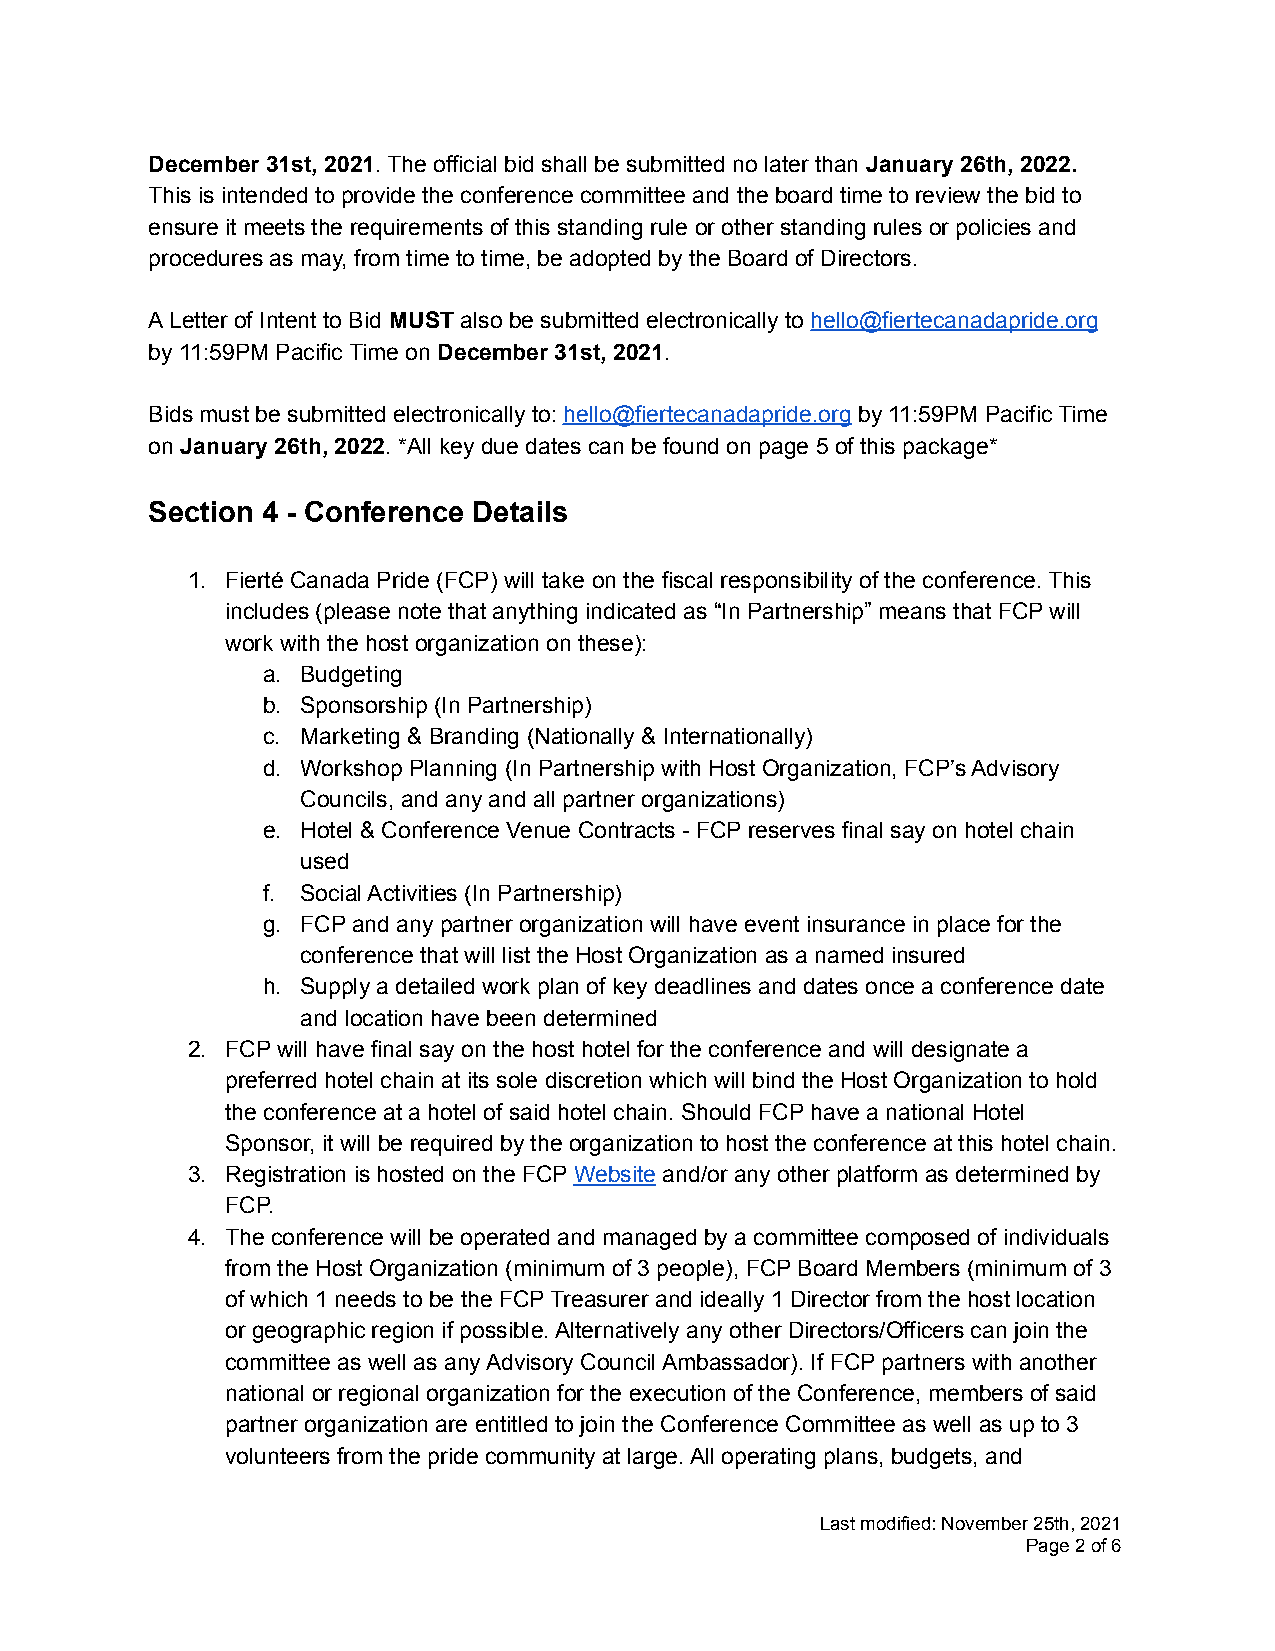
December 31st, 2021. The official bid shall be submitted no later than January 26th, 2022.
 This is intended to provide the conference committee and the board time to review the bid to
 ensure it meets the requirements of this standing rule or other standing rules or policies and
 procedures as may, from time to time, be adopted by the Board of Directors.
 A Letter of Intent to Bid MUST also be submitted electronically to hello@fiertecanadapride.org
 by 11:59PM Pacific Time on December 31st, 2021.
 Bids must be submitted electronically to: hello@fiertecanadapride.org by 11:59PM Pacific Time
 on January 26th, 2022. *All key due dates can be found on page 5 of this package*
 Section 4 - Conference Details
 1. Fierté Canada Pride (FCP) will take on the fiscal responsibility of the conference. This
 includes (please note that anything indicated as “In Partnership” means that FCP will
 work with the host organization on these):
 a. Budgeting
 b. Sponsorship (In Partnership)
 c. Marketing & Branding (Nationally & Internationally)
 d. Workshop Planning (In Partnership with Host Organization, FCP’s Advisory
 Councils, and any and all partner organizations)
 e. Hotel & Conference Venue Contracts - FCP reserves final say on hotel chain
 used
 f. Social Activities (In Partnership)
 g. FCP and any partner organization will have event insurance in place for the
 conference that will list the Host Organization as a named insured
 h. Supply a detailed work plan of key deadlines and dates once a conference date
 and location have been determined
 2. FCP will have final say on the host hotel for the conference and will designate a
 preferred hotel chain at its sole discretion which will bind the Host Organization to hold
 the conference at a hotel of said hotel chain. Should FCP have a national Hotel
 Sponsor, it will be required by the organization to host the conference at this hotel chain.
 3. Registration is hosted on the FCP Website and/or any other platform as determined by
 FCP.
 4. The conference will be operated and managed by a committee composed of individuals
 from the Host Organization (minimum of 3 people), FCP Board Members (minimum of 3
 of which 1 needs to be the FCP Treasurer and ideally 1 Director from the host location
 or geographic region if possible. Alternatively any other Directors/Officers can join the
 committee as well as any Advisory Council Ambassador). If FCP partners with another
 national or regional organization for the execution of the Conference, members of said
 partner organization are entitled to join the Conference Committee as well as up to 3
 volunteers from the pride community at large. All operating plans, budgets, and
 Last modified: November 25th, 2021
 Page2of6